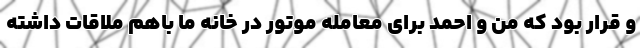
و قرار بود که من و احمد برای معامله موتور در خانه ما باهم ملاقات داشته